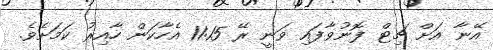
އޭނާ އަށް ޗިޓް ފޮނުވާފައި ވަނީ ރޭ 11:15 އެހާކަން ހާއިރު ކަމަށެވެ.